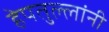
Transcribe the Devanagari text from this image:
हेपतुल्लांनी